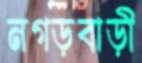
নগড়বাড়ী